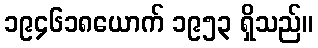
၁၉၄၆၁၈ယောက် ၁၉၅၃ ရှိသည်။